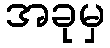
အခုမှ